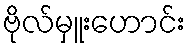
ဗိုလ်မှူးဟောင်း